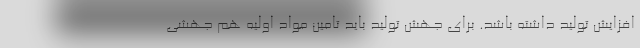
افزایش تولید داشته باشد. برای جهش تولید باید تامین مواد اولیه هم جهشی